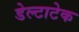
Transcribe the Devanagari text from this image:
डेल्टाटेक